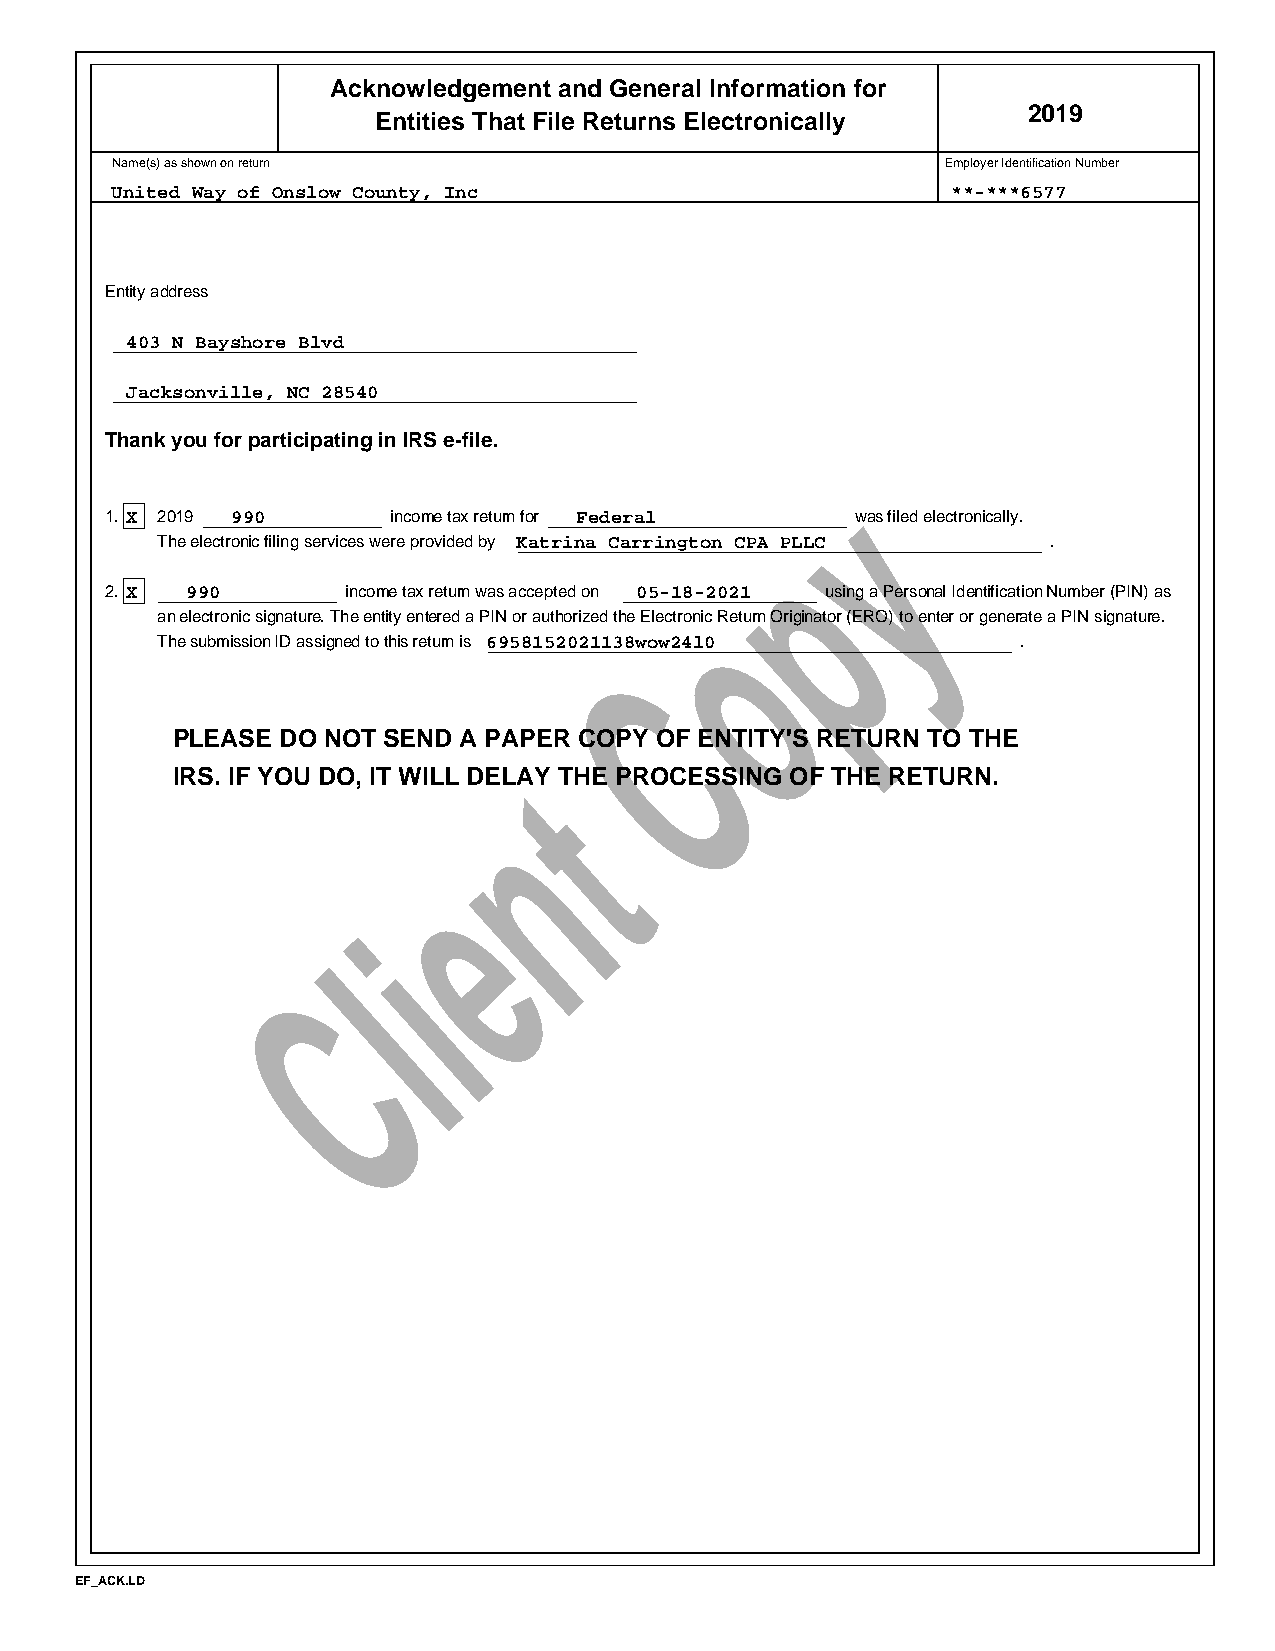
Acknowledgement and General Information for
 2019
 Entities That File Returns Electronically
 Name(s) as shown on return                              Employer Identification Number
 United Way of Onslow County, Inc                        **-***6577
 Entity address
 403 N Bayshore Blvd
 Jacksonville, NC 28540
 Thank you for participating in IRS e-file.
 y
 1. X 2019 990      income tax return for Federal  was filed electronically.
 The electronic filing services were provided by Katrina Carrington CPpA PLLC .
 2. X 990        income tax return was accepted on 05-18-2021 using a Personal Identification Number (PIN) as
 o
 an electronic signature. The entity entered a PIN or authorized the Electronic Return Originator (ERO) to enter or generate a PIN signature.
 The submission ID assigned to this return is6958152021138wow24l0 .
 C
 PLEASE  DO NOT SEND A PAPE R COPY OF ENTITY'S RETURN TO THE
 IRS. IF YOU DO, IT WILL DELtAY THE PROCESSING OF THE RETURN.
 n
 e
 i
 l
 C
 EF_ACK.LD